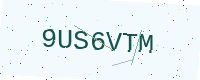
Text: 9US6VTM